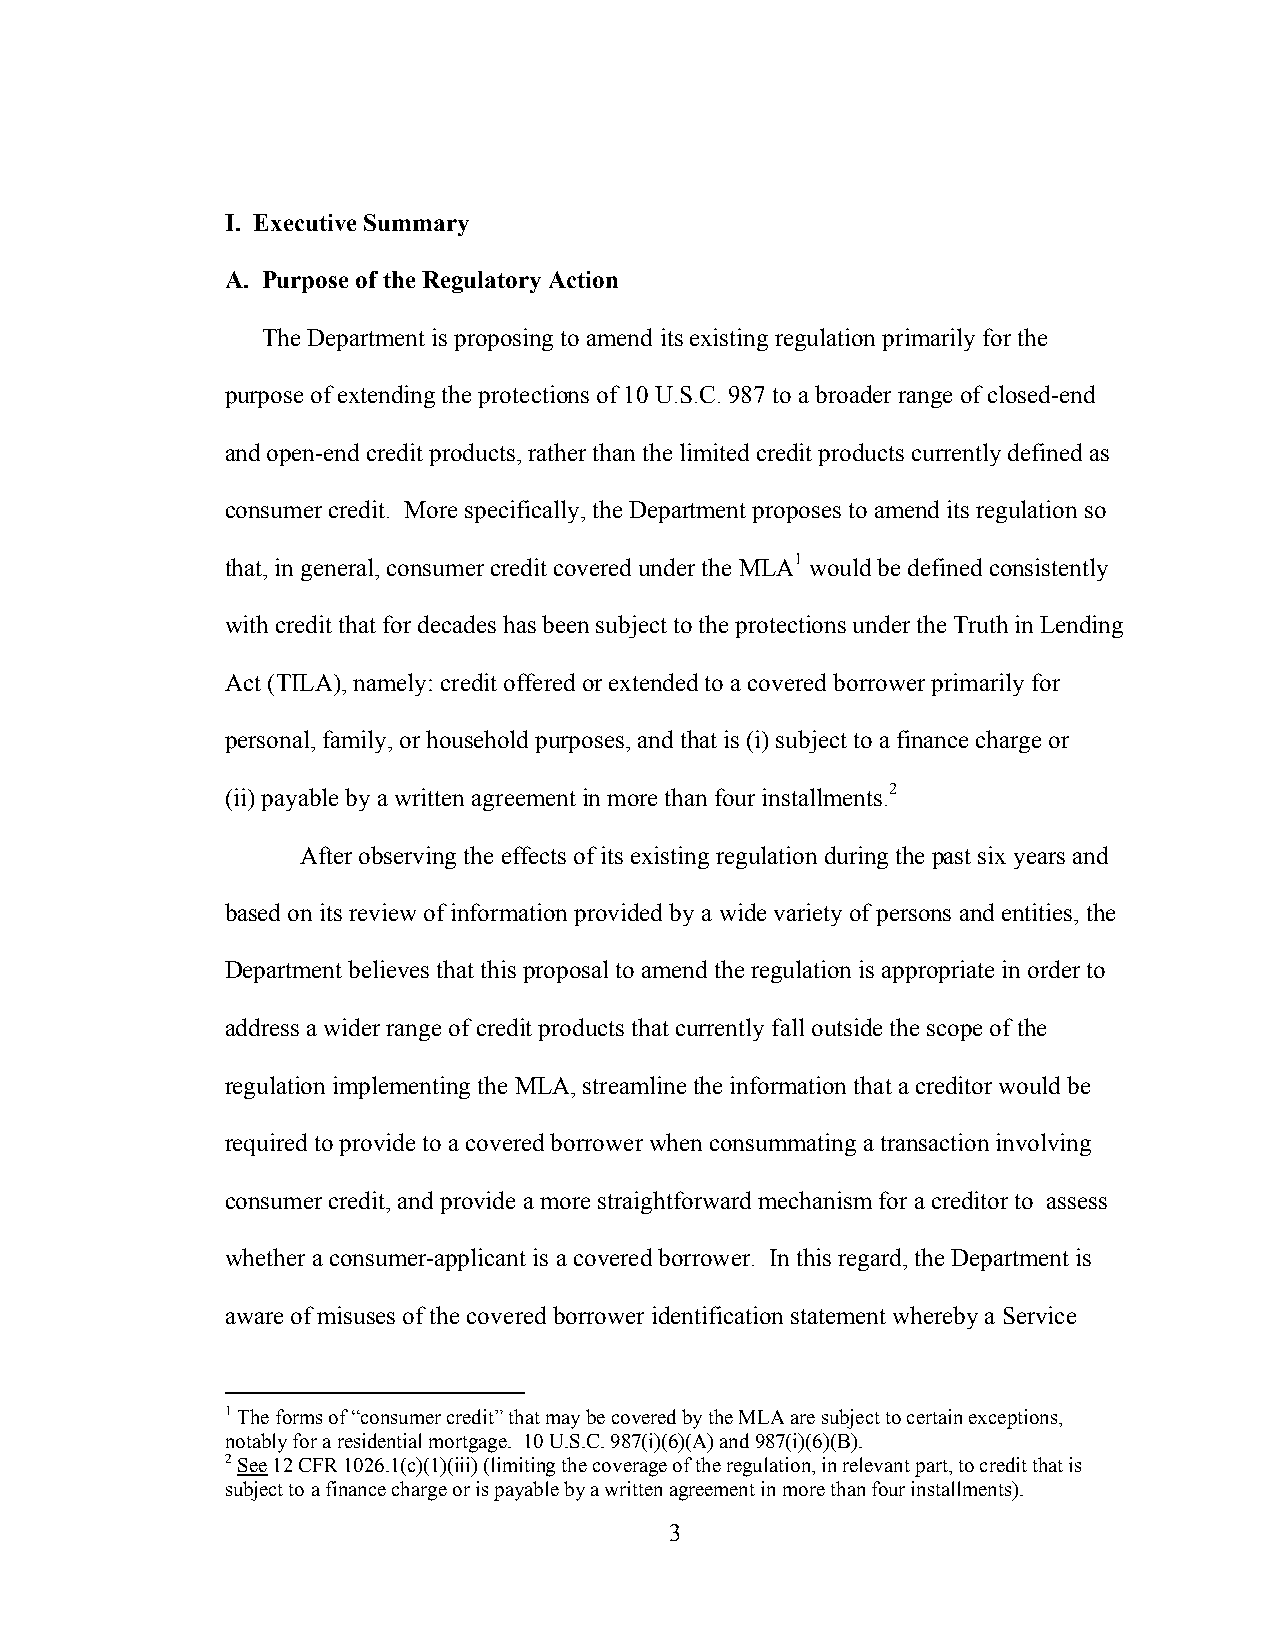
I. Executive Summary
 A. Purpose of the Regulatory Action
 The Department is proposing to amend its existing regulation primarily for the
 purpose of extending the protections of 10 U.S.C. 987 to a broader range of closed-end
 and open-end credit products, rather than the limited credit products currently defined as
 consumer credit. More specifically, the Department proposes to amend its regulation so
 that, in general, consumer credit covered under the MLA1 would be defined consistently
 with credit that for decades has been subject to the protections under the Truth in Lending
 Act (TILA), namely: credit offered or extended to a covered borrower primarily for
 personal, family, or household purposes, and that is (i) subject to a finance charge or
 (ii) payable by a written agreement in more than four installments.2
 After observing the effects of its existing regulation during the past six years and
 based on its review of information provided by a wide variety of persons and entities, the
 Department believes that this proposal to amend the regulation is appropriate in order to
 address a wider range of credit products that currently fall outside the scope of the
 regulation implementing the MLA, streamline the information that a creditor would be
 required to provide to a covered borrower when consummating a transaction involving
 consumer credit, and provide a more straightforward mechanism for a creditor to assess
 whether a consumer-applicant is a covered borrower. In this regard, the Department is
 aware of misuses of the covered borrower identification statement whereby a Service
 1 The forms of “consumer credit” that may be covered by the MLA are subject to certain exceptions,
 notably for a residential mortgage. 10 U.S.C. 987(i)(6)(A) and 987(i)(6)(B).
 2 See 12 CFR 1026.1(c)(1)(iii) (limiting the coverage of the regulation, in relevant part, to credit that is
 subject to a finance charge or is payable by a written agreement in more than four installments).
 3